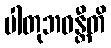
ပါတုဘဝန္တီတိ